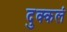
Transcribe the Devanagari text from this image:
दुक्कलं